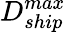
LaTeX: D_{ship}^{max}